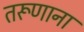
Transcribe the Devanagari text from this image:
तरूणाना